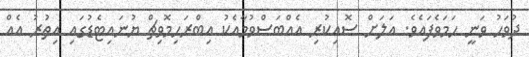
ދުވަހު ވަނީ ހަމަވެފައެވެ. އަލަށް ސޮއިކުރި އެއްބަސްވުމާއެކު އިބްރަހިމޮވިޗް ޔުނައިޓެޑުގައި އިތުރު އެއް